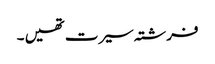
فرشتہ سیرت تھیں ۔